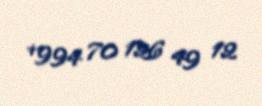
+994 70 126 49 12